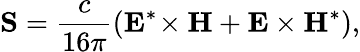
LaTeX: \mathbf{S}=\frac{c}{16\pi}(\mathbf{E}^{*}\! \times\mathbf{H}+\mathbf{E}\times\mathbf{H}^{*}),